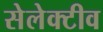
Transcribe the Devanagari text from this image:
सेलेक्टीव